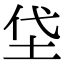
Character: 垈